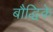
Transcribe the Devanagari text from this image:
बौद्धिके